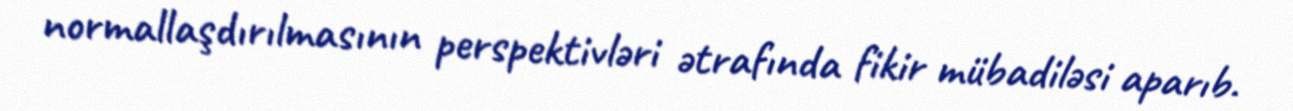
normallaşdırılmasının perspektivləri ətrafında fikir mübadiləsi aparıb.